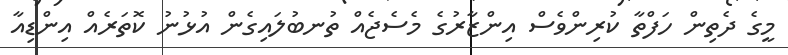
މީގެ ދެތިން ހަފްތާ ކުރިންވެސް އިންޒާރުގެ މެސެޖެއް ތުނބުލައިގެން އުޅުނު ކޮތަރެއް އިންޑިއާ